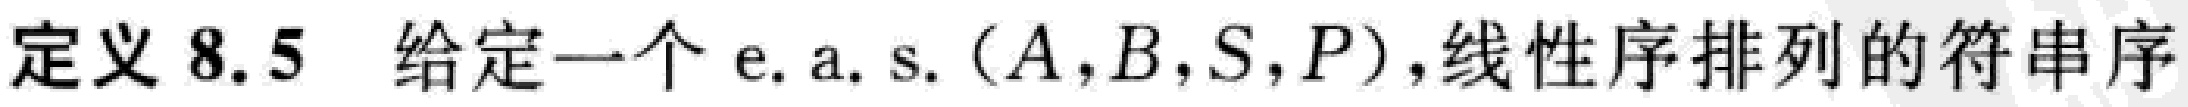
定义 8.5 给定一个 e. a. s. $(A,B,S,P)$,线性序排列的符串序